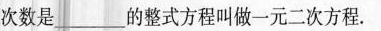
次数是___的整式方程叫做一元二次方程。